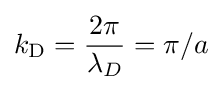
k_{\rm {D}}={\frac {2\pi }{\lambda _{D}}}=\pi /a